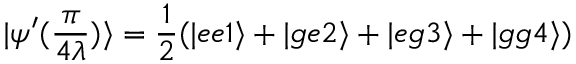
| \psi ^ { \prime } ( \frac { \pi } { 4 \lambda } ) \rangle = \frac { 1 } { 2 } ( | e e 1 \rangle + | g e 2 \rangle + | e g 3 \rangle + | g g 4 \rangle )